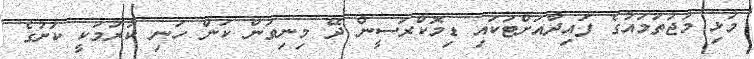
މުޅި މުޖުތަމައުގެ ފައިދާއަށްޓަކައި ޑިމޮކްރަސީން ދޭ މިނިވަން ކަން ހަނި ކުރުމަކީ ކުށުގެ